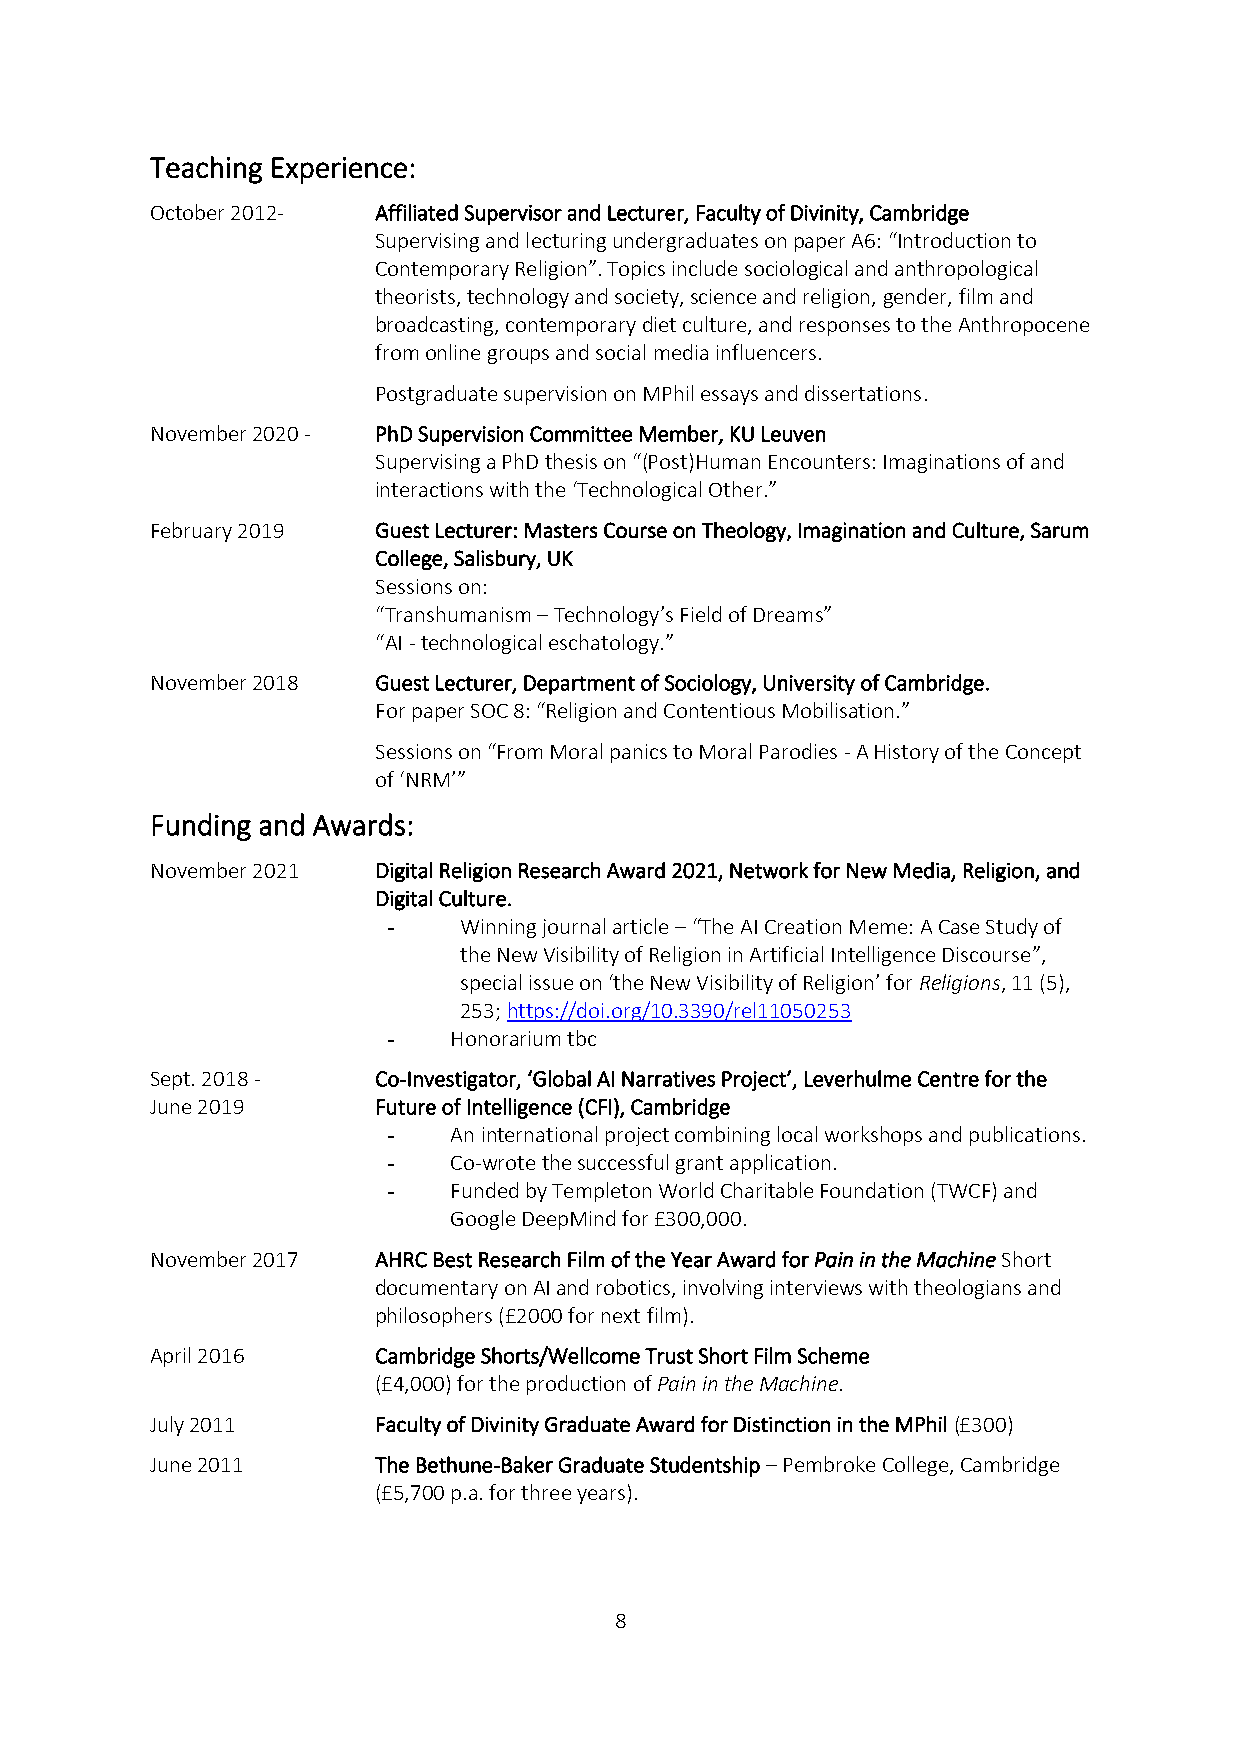
Teaching Experience:
 October 2012-  Affiliated Supervisor and Lecturer, Faculty of Divinity, Cambridge
 Supervising and lecturing undergraduates on paper A6: “Introduction to
 Contemporary Religion”. Topics include sociological and anthropological
 theorists, technology and society, science and religion, gender, film and
 broadcasting, contemporary diet culture, and responses to the Anthropocene
 from online groups and social media influencers.
 Postgraduate supervision on MPhil essays and dissertations.
 November 2020 - PhD Supervision Committee Member, KU Leuven
 Supervising a PhD thesis on “(Post)Human Encounters: Imaginations of and
 interactions with the ‘Technological Other.”
 February 2019  Guest Lecturer: Masters Course on Theology, Imagination and Culture, Sarum
 College, Salisbury, UK
 Sessions on:
 “Transhumanism – Technology’s Field of Dreams”
 “AI - technological eschatology.”
 November 2018  Guest Lecturer, Department of Sociology, University of Cambridge.
 For paper SOC 8: “Religion and Contentious Mobilisation.”
 Sessions on “From Moral panics to Moral Parodies - A History of the Concept
 of ‘NRM’”
 Funding and Awards:
 November 2021  Digital Religion Research Award 2021, Network for New Media, Religion, and
 Digital Culture.
 -   Winning journal article – “The AI Creation Meme: A Case Study of
 the New Visibility of Religion in Artificial Intelligence Discourse”,
 special issue on ‘the New Visibility of Religion’ for Religions, 11 (5),
 253; https://doi.org/10.3390/rel11050253
 -   Honorarium tbc
 Sept. 2018 -   Co-Investigator, ‘Global AI Narratives Project’, Leverhulme Centre for the
 June 2019      Future of Intelligence (CFI), Cambridge
 -   An international project combining local workshops and publications.
 -   Co-wrote the successful grant application.
 -   Funded by Templeton World Charitable Foundation (TWCF) and
 Google DeepMind for £300,000.
 November 2017  AHRC Best Research Film of the Year Award for Pain in the Machine Short
 documentary on AI and robotics, involving interviews with theologians and
 philosophers (£2000 for next film).
 April 2016     Cambridge Shorts/Wellcome Trust Short Film Scheme
 (£4,000) for the production of Pain in the Machine.
 July 2011      Faculty of Divinity Graduate Award for Distinction in the MPhil (£300)
 June 2011      The Bethune-Baker Graduate Studentship – Pembroke College, Cambridge
 (£5,700 p.a. for three years).
 8